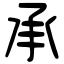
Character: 承